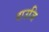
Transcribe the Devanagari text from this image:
दाउजि